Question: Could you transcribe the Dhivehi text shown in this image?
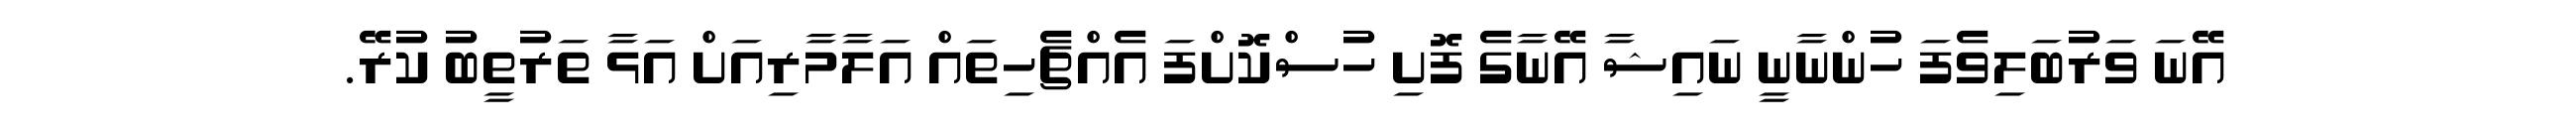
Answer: އޭނަ ވަރުބަލިވެފަ ހުންނާނީ ނައިޝާ އޭނާގެ ފޮށި ހުސްކޮށްފަ އެއްޗެހިތައް އަލާމާރިއަށް އަޅާ ތަރުތީބު ކުރޭ.